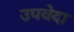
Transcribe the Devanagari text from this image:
उपवेदा